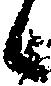
候